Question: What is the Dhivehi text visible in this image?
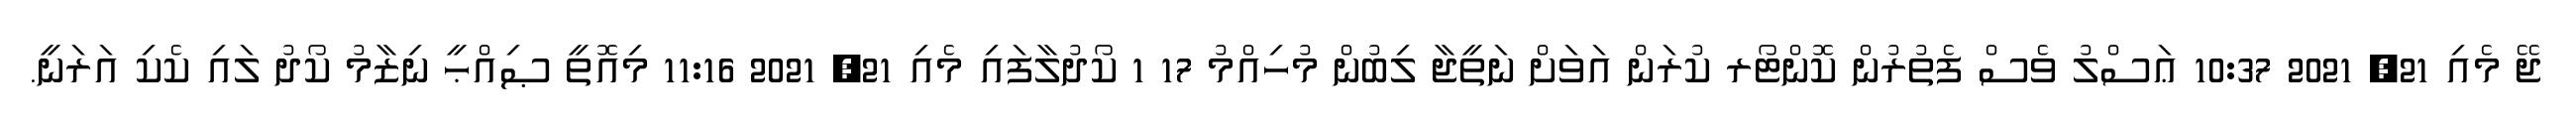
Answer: ޖޭ މެއި 21, 2021 10:37 ޢަސްލު ވެސް ފެތުރުން ކޮންޓޯރ ކުރަން އަވަށް ނަތީޖާ ލިބުން މުހިއްމު 17 1 ކޯދުލާފައި މެއި 21, 2021 11:16 މިއޮތީ ޞިއްޙީ ނިޒާމު ކޯދު ލައި ކެކި އަރަނީ.